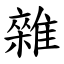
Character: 雜